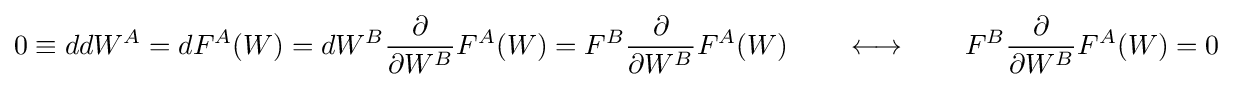
0\equiv ddW^{A}=dF^{A}(W)=dW^{B}{\frac {\partial }{\partial W^{B}}}F^{A}(W)=F^{B}{\frac {\partial }{\partial W^{B}}}F^{A}(W)\qquad \longleftrightarrow \qquad F^{B}{\frac {\partial }{\partial W^{B}}}F^{A}(W)=0